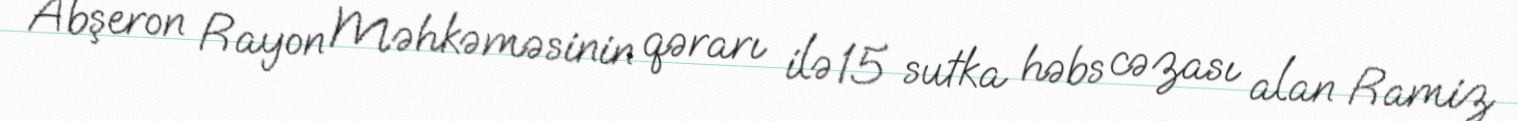
Abşeron Rayon Məhkəməsinin qərarı ilə 15 sutka həbs cəzası alan Ramiz